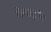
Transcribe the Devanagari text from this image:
बेवाट्रॉन